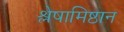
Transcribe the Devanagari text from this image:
श्लेषामिष्ठान